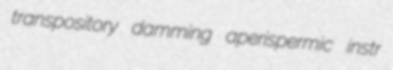
transpository damming aperispermic instr